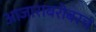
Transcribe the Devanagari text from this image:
आजाराबरोबरच